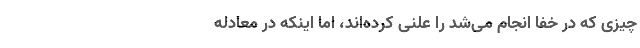
چیزی که در خفا انجام می‌شد را علنی کرده‌اند، اما اینکه در معادله